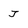
Character: J